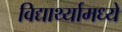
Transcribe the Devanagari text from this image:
विद्यार्थ्यामध्ये